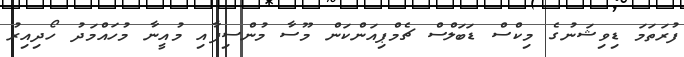
ފުރަތަމަ ޑިވިޝަނުގެ މިކްސް ޑަބަލްސް ޗެމްޕިއަންކަން މޫސާ މުންސިފާއި މުއީނާ މުހައްމަދު ހޯދިއިރު